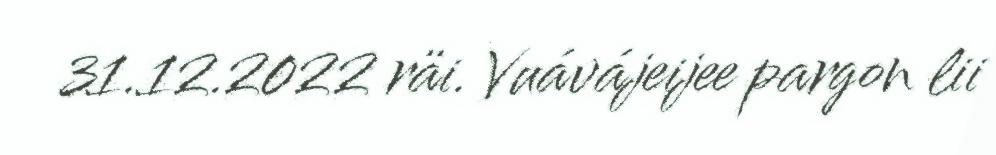
31.12.2022 räi. Vuávájeijee pargon lii